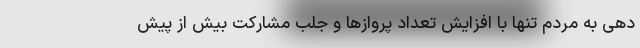
دهی به مردم تنها با افزایش تعداد پروازها و جلب مشارکت بیش از پیش